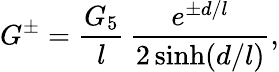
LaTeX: G^{\pm}=\frac{G_{5}}l\, \frac{e^{\pm d/l}}{2\sinh(d/l)},